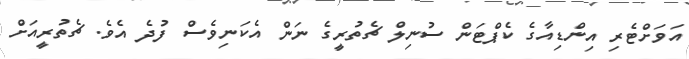
އަވަށްޓެރި އިންޑިއާގެ ކެޕްޓަން ސުނިލް ޗެތުރީގެ ނަން އެކަނިވެސް ފުދެ އެވެ. ޗެތުރީއަށް